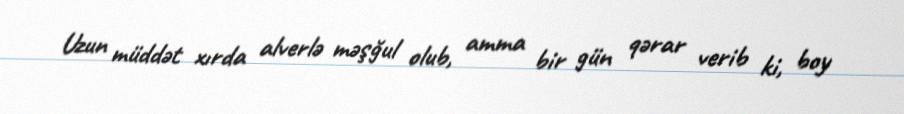
Uzun müddət xırda alverlə məşğul olub, amma bir gün qərar verib ki, boy